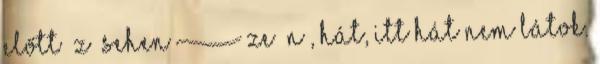
előtt z sehen [ˈzeːən , hát, itt hát nem látok.